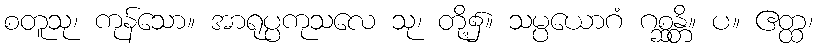
စတူသု၊ ကုန်သော။ အာရုပ္ပကုသလေ သု၊ တို့၌။ သမ္ပယောဂံ ဂစ္ဆန္တိ။ ပ။ ဧတ္ထ၊